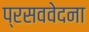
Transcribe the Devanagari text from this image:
प्रसववेदना